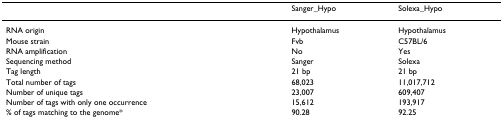
|  | Sanger_Hypo | Solexa_Hypo |
 | --- | --- | --- |
 | RNA origin | Hypothalamus | Hypothalamus |
 | Mouse strain | Fvb | C57BL/6 |
 | RNA amplification | No | Yes |
 | Sequencing method | Sanger | Solexa |
 | Tag length | 21 bp | 21 bp |
 | Total number of tags | 68,023 | 11,017,712 |
 | Number of unique tags | 23,007 | 609,407 |
 | Number of tags with only one occurrence | 15,612 | 193,917 |
 | % of tags matching to the genome* | 90.28 | 92.25 |